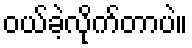
ဝယ်ခဲ့လိုက်တာပဲ။